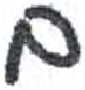
אות: ם